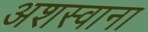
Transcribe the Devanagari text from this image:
अशस्वाना